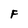
Character: F